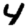
Digit: 4